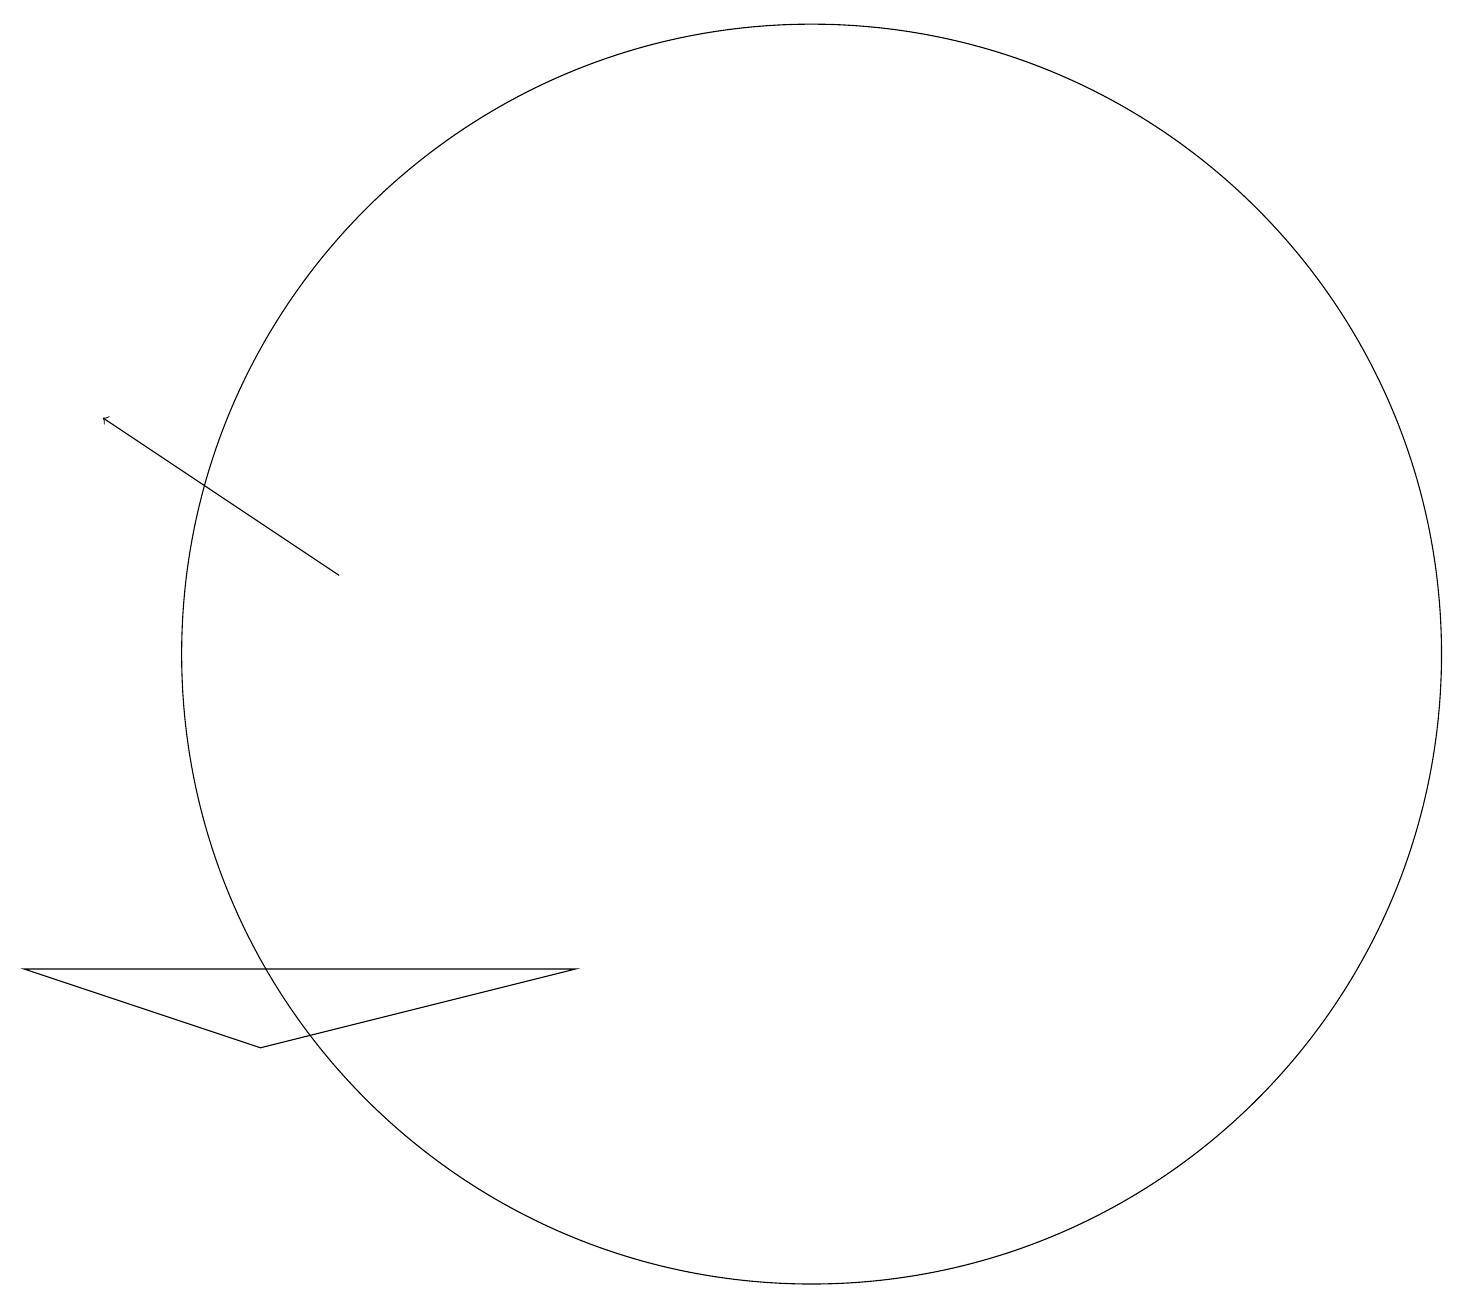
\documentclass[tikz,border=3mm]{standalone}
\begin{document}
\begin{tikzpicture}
\draw[->] (4,11) -- (1,13);
\draw (10,10) circle (8);
\draw (0,6) -- (3,5) -- (7,6) -- cycle;
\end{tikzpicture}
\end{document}